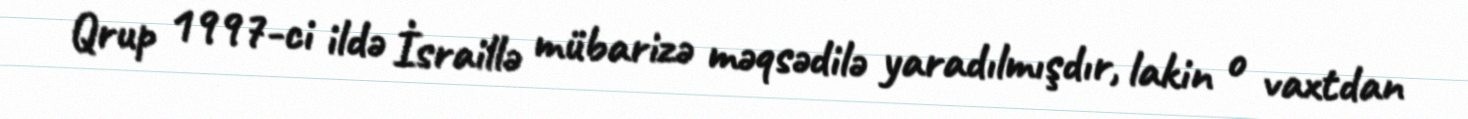
Qrup 1997-ci ildə İsraillə mübarizə məqsədilə yaradılmışdır, lakin o vaxtdan